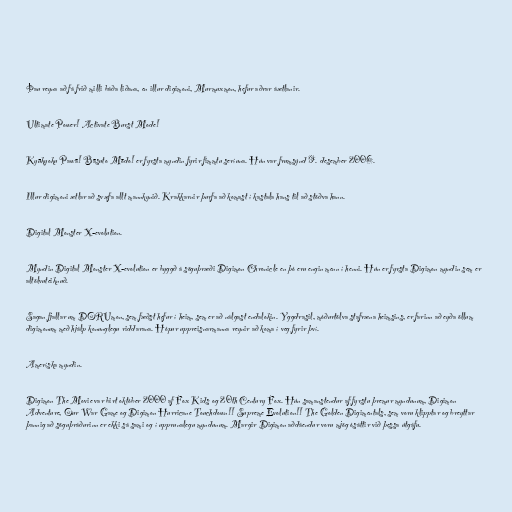
Þau reyna að fá frið milli báða liðana, en illur digimoni, Murmuxmon, hefur aðrar áætlanir.

Ultimate Power! Activate Burst Mode!

Kyūkyoku Pawā! Bāsuto Mōdo! er fyrsta myndin fyrir fimmtu seríuna. Hún var frumsýnd 9. desember 2006.

Illur digimoni ætlar að svæfa allt mannkynið. Krakkarnir þurfa að komast í kastala hans til að stöðva hann.

Digital Monster X-evolution.

Myndin Digital Monster X-evolution er byggð á söguþræði Digimon Chronicle en þó eru engin menn í henni. Hún er fyrsta Digimon myndin sem er
altölvuteiknuð.

Sagan fjallar um DORUmon, sem fæðst hefur í heim, sem er að nálgast endalokin. Yggdrasil, móðurtölva stafræna heimsins, er farinn að eyða öllum
digimonum með hjálp konunglegu riddarana. Hópur uppreisnarmanna reynir að koma í veg fyrir því.

Ameríska myndin.

Digimon The Movie var birt október 2000 af Fox Kids og 20th Century Fox. Hún samanstendur af fyrstu þremur myndunum, Digimon
Adventure, Our War Game og Digimon Hurricane Touchdown!! Supreme Evolution!! The Golden Digimentals, sem voru klipptar og breyttar
þannig að söguþráðurinn er ekki sá sami og í upprunalegu myndunum. Margir Digimon aðdáendur voru mjög ósáttir við þessa útgáfu.